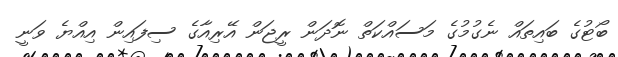
ބޯޓުގެ ބައިތައް ނެގުމުގެ މަސައްކަތް ނޮދަން ރީޖަން އޭރިއާގެ ސިފައިން އިއްޔެ ވަނީ